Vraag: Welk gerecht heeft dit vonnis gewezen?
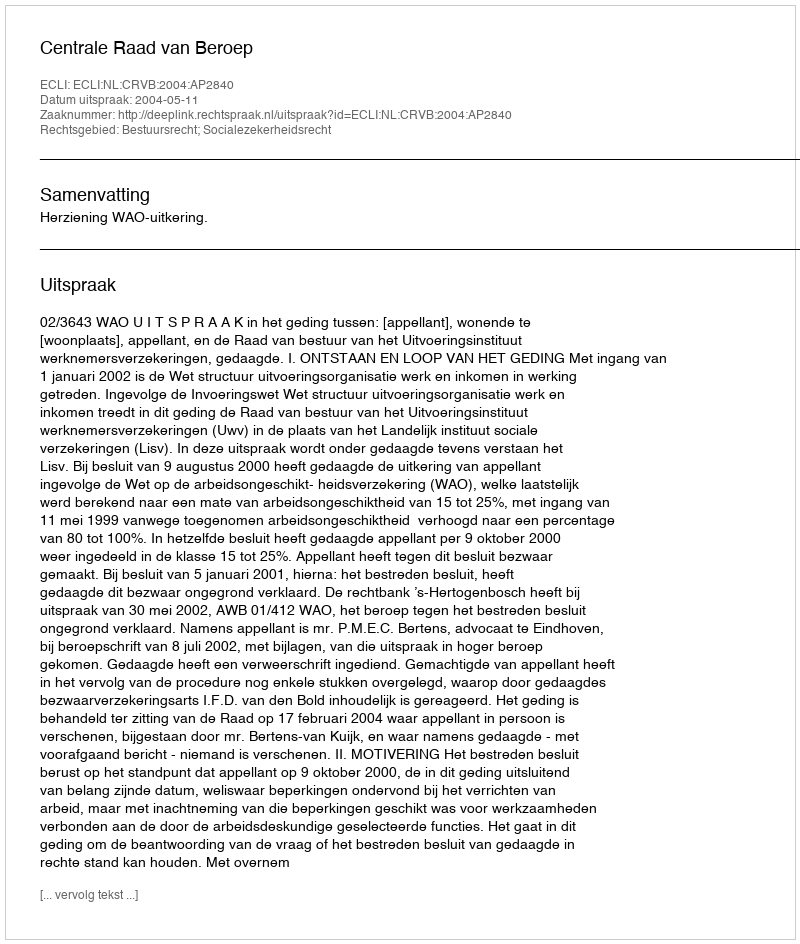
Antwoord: Centrale Raad van Beroep